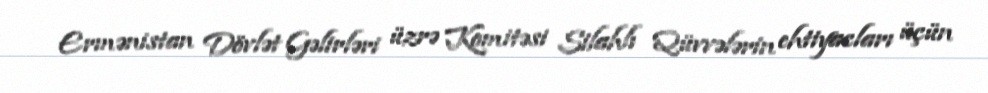
Ermənistan Dövlət Gəlirləri üzrə Komitəsi Silahlı Qüvvələrin ehtiyacları üçün